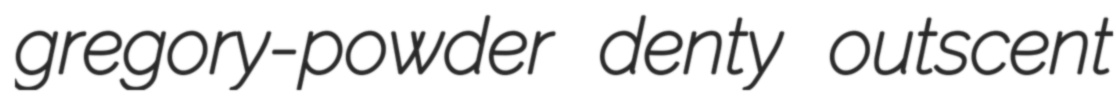
gregory-powder denty outscent